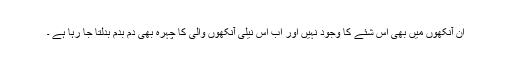
ان آنکھوں میں بھی اس شئے کا وجود نہیں اور اب اس نیلی آنکھوں والی کا چہرہ بھی دم بدم بدلتا جا رہا ہے ۔